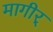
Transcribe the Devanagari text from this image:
मागीर्